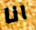
انا